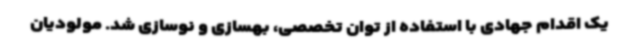
یک اقدام جهادی با استفاده از توان تخصصی، بهسازی و نوسازی شد. مولودیان